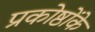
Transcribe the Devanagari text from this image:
प्रकोष्ठोंके